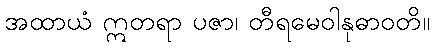
အထာယံ ဣတရာ ပဇာ၊ တီရမေဝါနုဓာဝတိ။